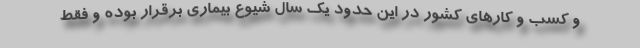
و کسب و کارهای کشور در این حدود یک سال شیوع بیماری برقرار بوده و فقط